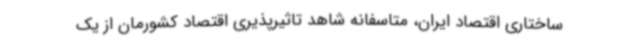
ساختاری اقتصاد ایران، متاسفانه شاهد تاثیرپذیری اقتصاد کشورمان از یک